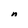
Character: n